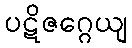
ပဋိဇဂ္ဂေယျ